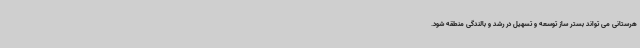
هرستانی می تواند بستر ساز توسعه و تسهیل در رشد و بالندگی منطقه شود.